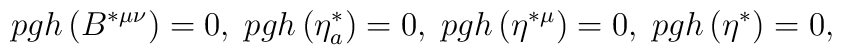
pgh\left( B^{*\mu \nu }\right) =0,\;pgh\left( \eta _a^{*}\right)=0,\;pgh\left( \eta ^{*\mu }\right) =0,\;pgh\left( \eta ^{*}\right) =0,